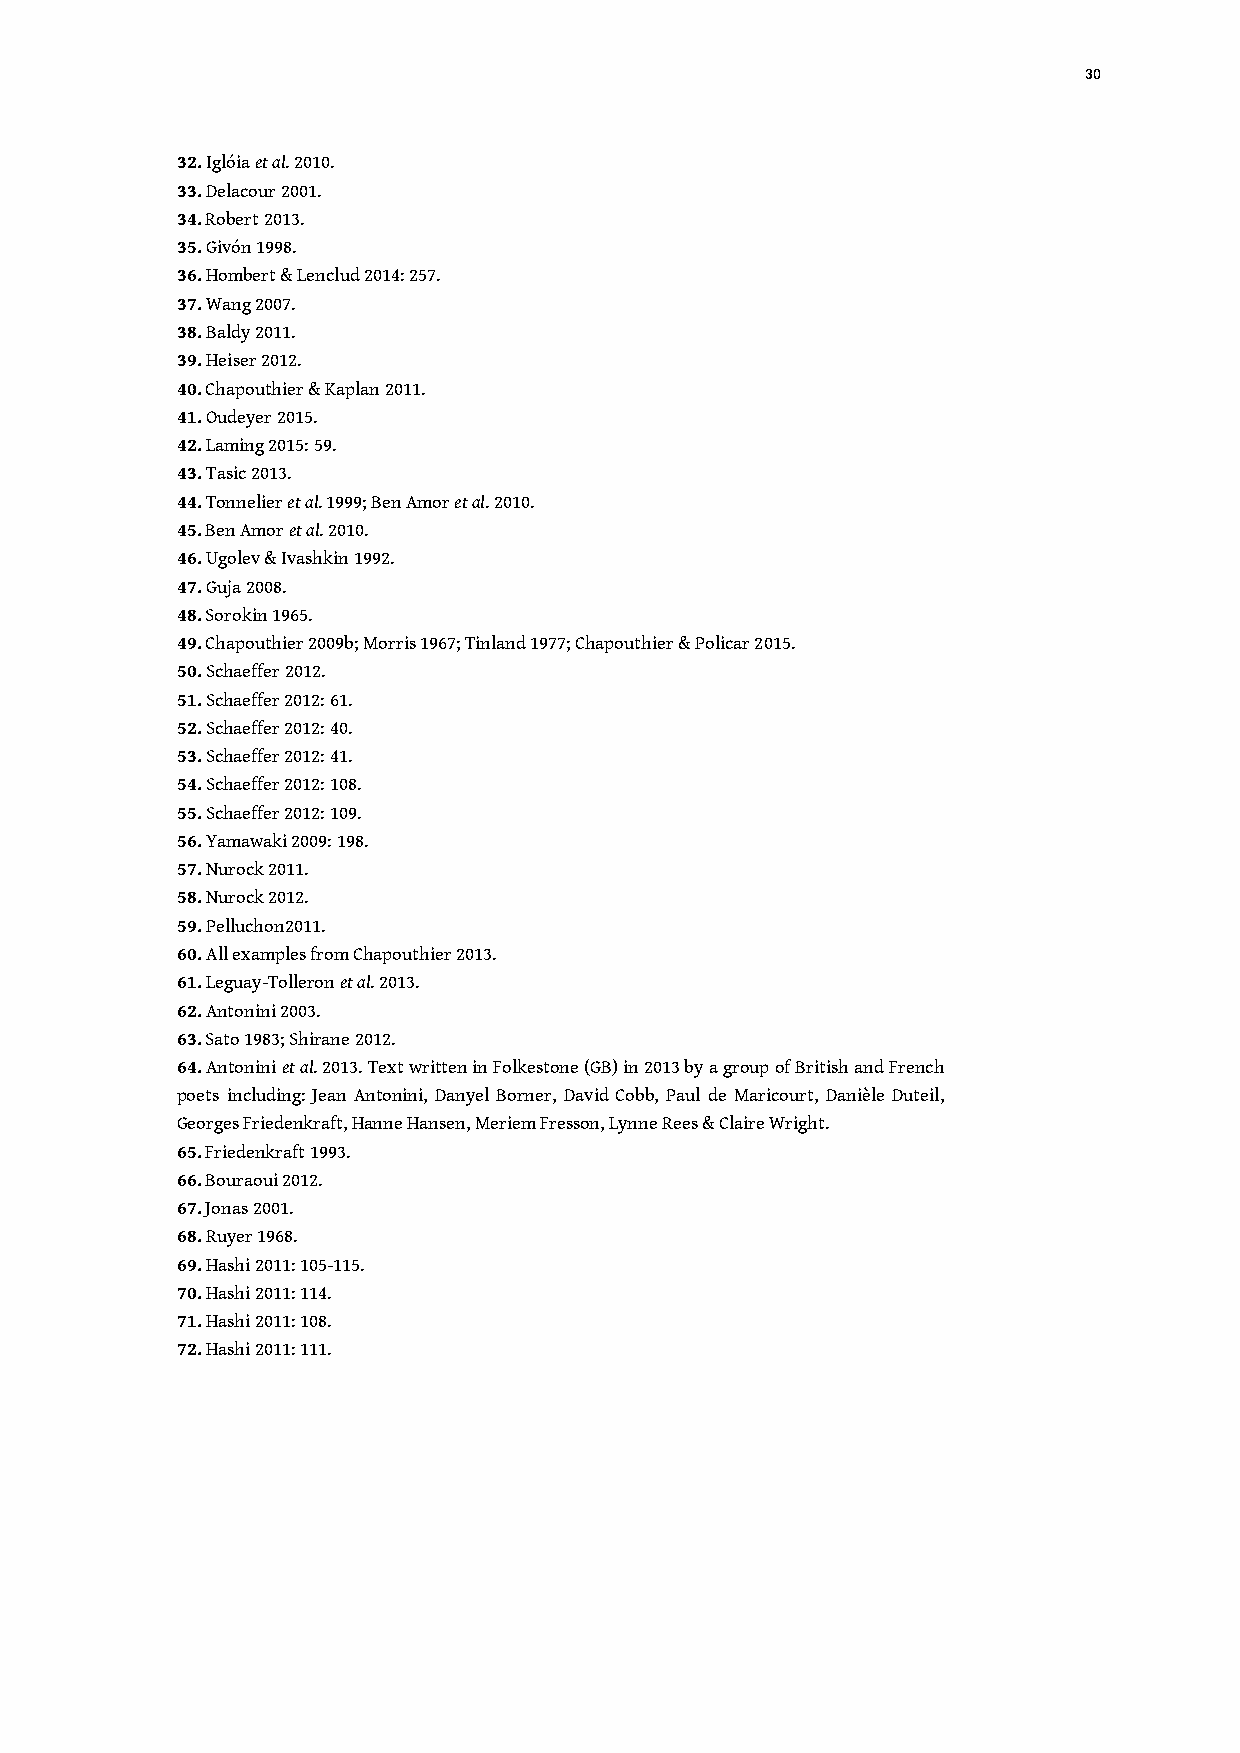
30
 32. Iglóia et al. 2010.
 33. Delacour 2001.
 34. Robert 2013.
 35. Givón 1998.
 36. Hombert & Lenclud 2014: 257.
 37. Wang 2007.
 38. Baldy 2011.
 39. Heiser 2012.
 40. Chapouthier & Kaplan 2011.
 41. Oudeyer 2015.
 42. Laming 2015: 59.
 43. Tasic 2013.
 44. Tonnelier et al. 1999; Ben Amor et al. 2010.
 45. Ben Amor et al. 2010.
 46. Ugolev & Ivashkin 1992.
 47. Guja 2008.
 48. Sorokin 1965.
 49. Chapouthier 2009b; Morris 1967; Tinland 1977; Chapouthier & Policar 2015.
 50. Schaeffer 2012.
 51. Schaeffer 2012: 61.
 52. Schaeffer 2012: 40.
 53. Schaeffer 2012: 41.
 54. Schaeffer 2012: 108.
 55. Schaeffer 2012: 109.
 56. Yamawaki 2009: 198.
 57. Nurock 2011.
 58. Nurock 2012.
 59. Pelluchon2011.
 60. All examples from Chapouthier 2013.
 61. Leguay-Tolleron et al. 2013.
 62. Antonini 2003.
 63. Sato 1983; Shirane 2012.
 64. Antonini et al. 2013. Text written in Folkestone (GB) in 2013 by a group of British and French
 poets including: Jean Antonini, Danyel Borner, David Cobb, Paul de Maricourt, Danièle Duteil,
 Georges Friedenkraft, Hanne Hansen, Meriem Fresson, Lynne Rees & Claire Wright.
 65. Friedenkraft 1993.
 66. Bouraoui 2012.
 67. Jonas 2001.
 68. Ruyer 1968.
 69. Hashi 2011: 105-115.
 70. Hashi 2011: 114.
 71. Hashi 2011: 108.
 72. Hashi 2011: 111.